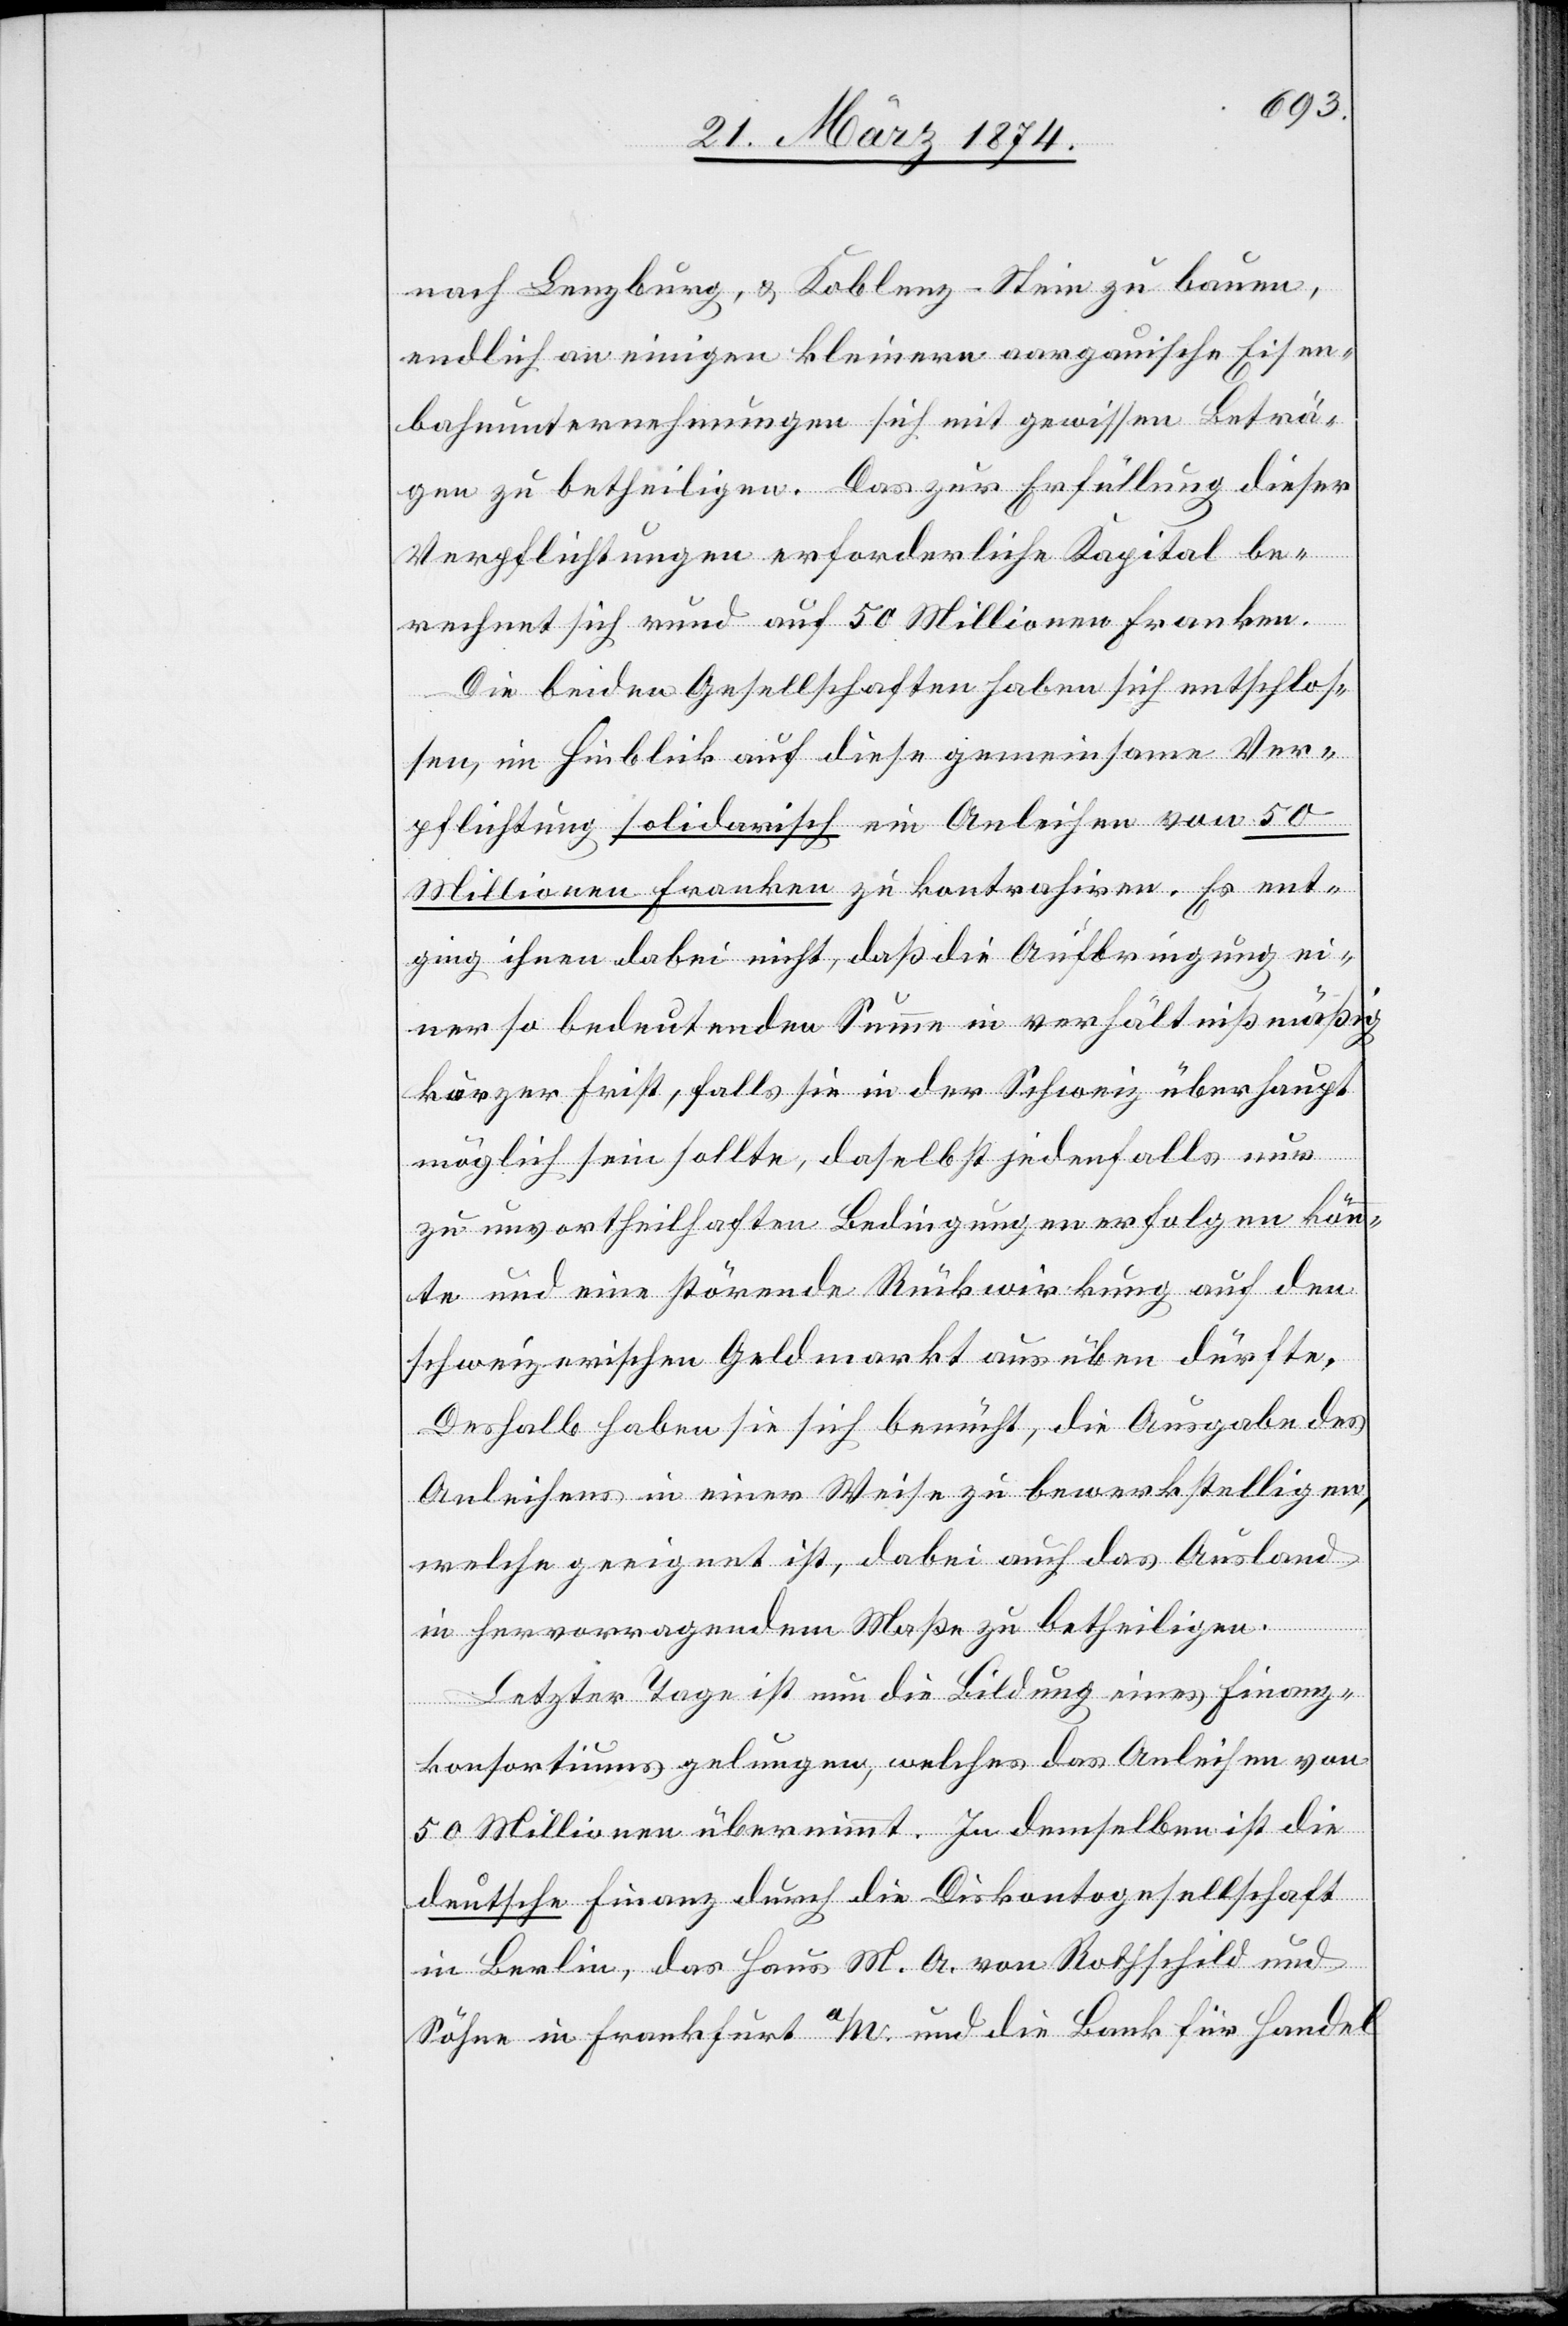
nach Lenzburg, u. Koblenz-Stein zu bauen,
endlich an einigen kleinern aargauische[n] Eisen¬
bahnunternehmungen sich mit gewissen Beträ¬
gen zu betheiligen. Das zur Erfüllung dieser
Verpflichtungen erforderliche Kapital be¬
rechnet sich rund auf 50 Millionen Franken.
Die beiden Gesellschaften haben sich entschlos¬
sen, im Hinblick auf diese gemeinsame Ver¬
pflichtung solidarisch ein Anleihen von 50
Millionen Franken zu kontrahiren. Es ent¬
ging ihnen dabei nicht, daß die Aufbringung ei¬
ner so bedeutenden Summe in verhältnißmäßig
kurzer Frist, falls sie in der Schweiz überhaupt
möglich sein sollte, daselbst jedenfalls nur
zu unvortheilhaften Bedingungen erfolgen könn¬
te und eine störende Rückwirkung auf den
schweizerischen Geldmarkt ausüben dürfte.
Deshalb haben sie sich bemüht, die Ausgabe des
Anleihens in einer Weise zu bewerkstelligen,
welche geeignet ist, dabei auch das Ausland
in hervorragendem Maße zu betheiligen.
Letzter Tage ist nun die Bildung eines Finanz¬
konsortiums gelungen, welches das Anleihen von
50 Millionen übernimmt. In demselben ist die
deutsche Finanz durch die Diskontogesellschaft
in Berlin, das Haus M. A. von Rotschild und
Söhne in Frankfurt a/M und die Bank für Handel